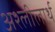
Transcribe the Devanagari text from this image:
अश्लीलार्थ